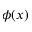
\phi ( x )